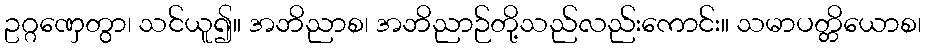
ဥဂ္ဂဏှေတွာ၊ သင်ယူ၍။ အဘိညာစ၊ အဘိညာဉ်တို့သည်လည်းကောင်း။ သမာပတ္တိယောစ၊